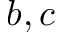
b , c